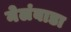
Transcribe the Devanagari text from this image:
नेलंबाडा